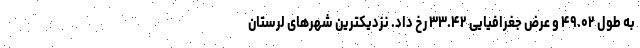
به طول ۴۹.۰۲ و عرض جغرافیایی ۳۳.۴۲ رخ داد. نزدیکترین شهرهای لرستان